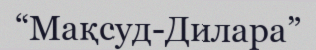
“Мақсуд-Дилара”